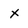
Character: X